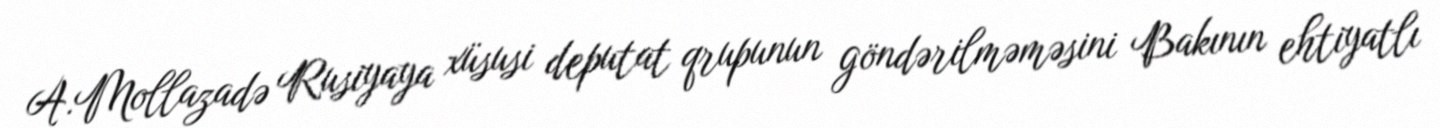
A.Mollazadə Rusiyaya xüsusi deputat qrupunun göndərilməməsini Bakının ehtiyatlı